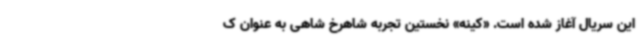
این سریال آغاز شده است. «کینه» نخستین تجربه شاهرخ شاهی به عنوان ک